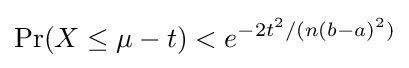
\Pr(X\leq \mu -t)<e^{-2t^{2}/(n(b-a)^{2})}